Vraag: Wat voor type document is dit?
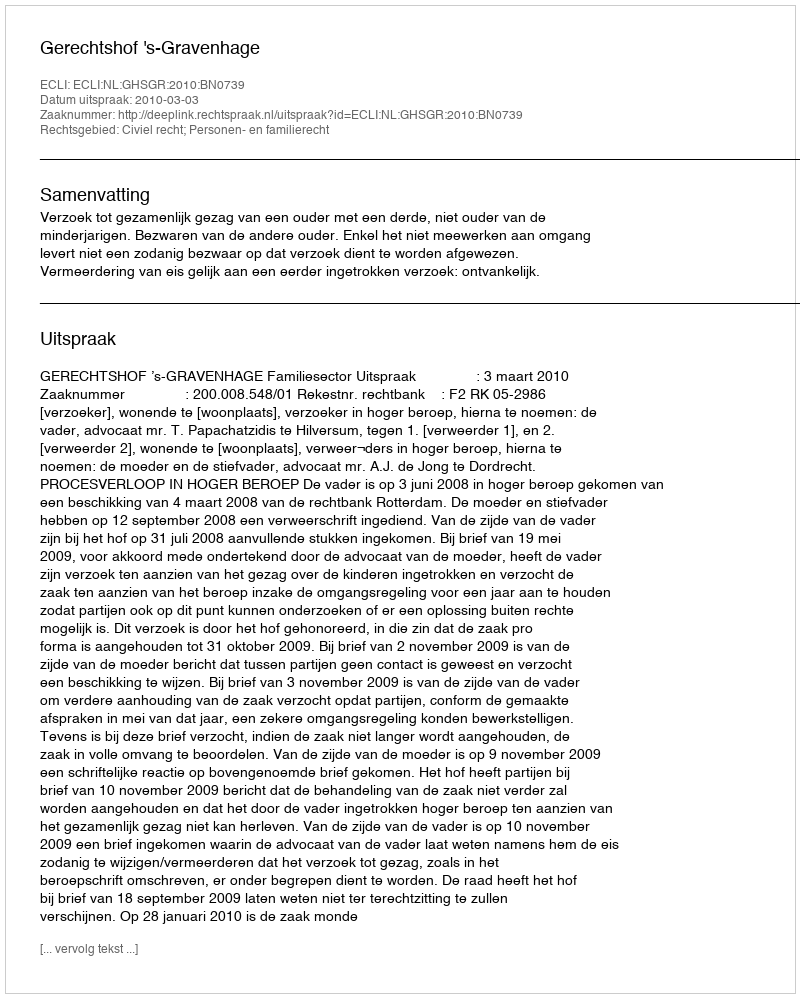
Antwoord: Uitspraak